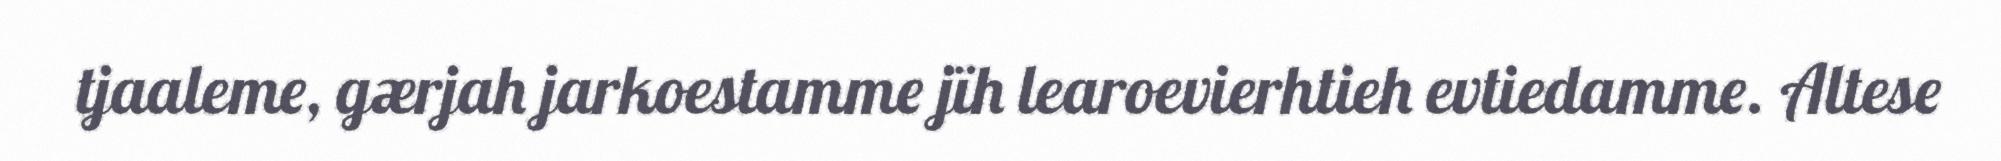
tjaaleme, gærjah jarkoestamme jïh learoevierhtieh evtiedamme. Altese